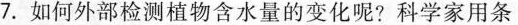
7.如何外部检测植物含水量的变化呢?科学家用条